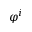
\varphi ^ { i }